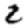
Digit: 2